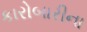
કારોબારીના